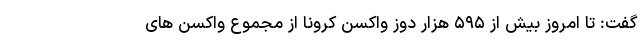
گفت: تا امروز بیش از ۵۹۵ هزار دوز واکسن کرونا از مجموع واکسن های